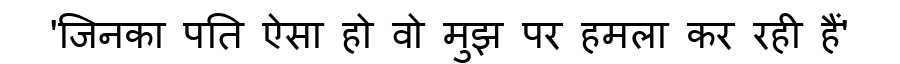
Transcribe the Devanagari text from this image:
'जिनका पति ऐसा हो वो मुझ पर हमला कर रही हैं'